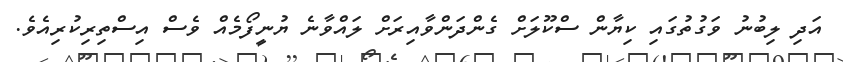
އަދި ލިބުނު ވަގުތުގައި ކިޔާން ސްކޫލަށް ގެންދަންވާއިރަށް ލައްވާނެ ޔުނީފޯމެއް ވެސް އިސްތިރިކުރިއެވެ.